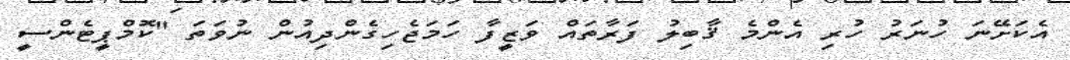
އެކަށޭނަ ހުނަރު ހުރި އެންމެ ޤާބިލު ފަރާތައް ވަޒީފާ ހަމަޖެހިގެންދިއުން ނުވަތަ "ކޮމްޕީޓެންސީ